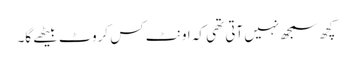
کچھ سمجھ نہیں آتی تھی کہ اونٹ کس کروٹ بیٹھے گا۔